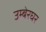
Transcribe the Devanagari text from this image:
उम्बेरघर